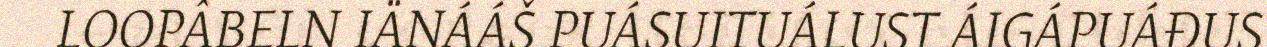
LOOPÂBELN IÄNÁÁŠ PUÁSUITUÁLUST ÁIGÁPUÁĐUS